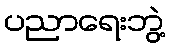
ပညာရေးဘွဲ့